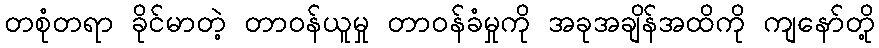
တစုံတရာ ခိုင်မာတဲ့ တာဝန်ယူမှု တာဝန်ခံမှုကို အခုအချိန်အထိကို ကျနော်တို့